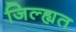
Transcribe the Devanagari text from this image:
जिल्ह्यत